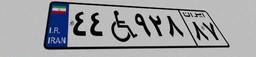
۴۴W۹۲۸۸۷